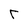
Character: T